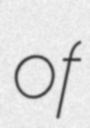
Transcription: of